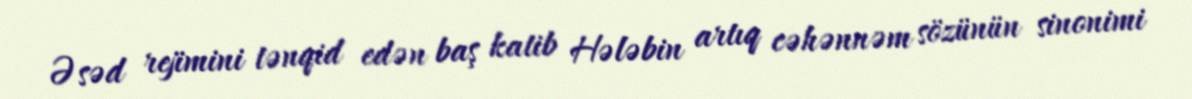
Əsəd rejimini tənqid edən baş katib Hələbin artıq cəhənnəm sözünün sinonimi